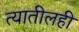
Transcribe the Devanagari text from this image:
त्यातीलही